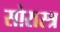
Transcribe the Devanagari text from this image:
सोरास्त्र